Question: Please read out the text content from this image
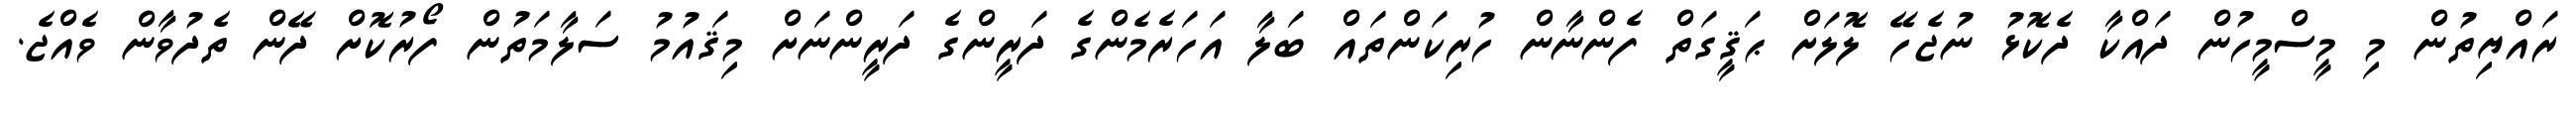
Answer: ރައްޔިތުން މި މީސްމީހުން ދައްކާ ދެކޮޅު ނުޖެހޭ ލޮލަށް ޙަޤީގަތް ފެންނާން ހުރިކަންތައް ބަލާ އަހަރެމެންގެ ދަރީންގެ ދަރީންނަށް މިޤައުމު ސަލާމަތުން ފޯރުކޮށް ދޭން ތެދުވާން ވެއްޖެ.